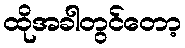
ထိုအခါတွင်တော့